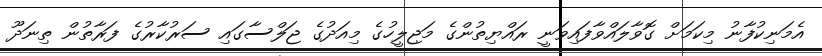
އެމަނިކުފާނު މިކަމަށް ގޮވާލައްވާފައިވަނީ ރައްޔިތުންގެ މަޖިލީހުގެ މިއަދުގެ ޖަލްސާގައި ސަރުކާރުގެ ފަރާތުން ތިނަދޫ